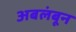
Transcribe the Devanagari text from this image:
अबलंबून